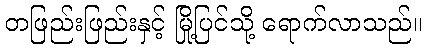
တဖြည်းဖြည်းနှင့် မြို့ပြင်သို့ ရောက်လာသည်။